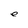
Character: e